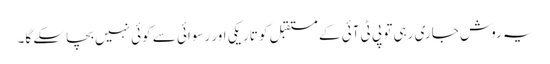
یہ روش جاری رہی تو پی ٹی آئی کے مستقبل کو تاریکی اور رسوائی سے کوئی نہیں بچاسکے گا۔